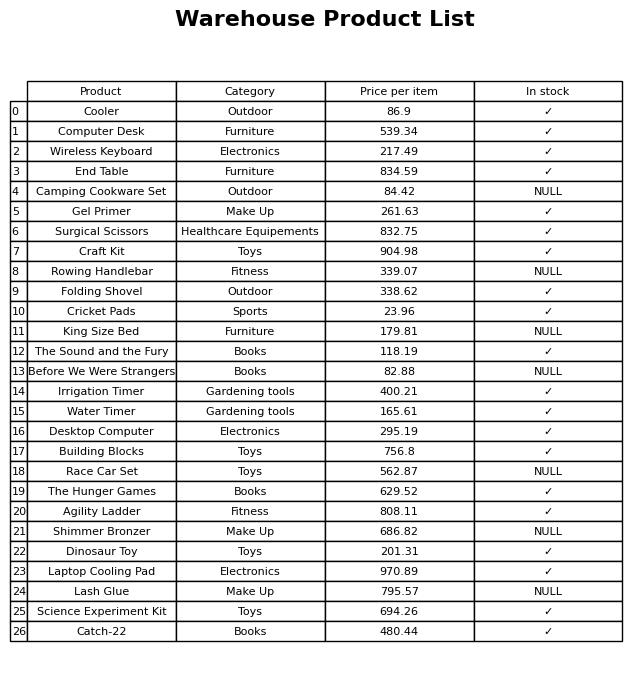
question: What is the price of the Folding Shovel?
answer: The price of Folding Shovel is 338.62.